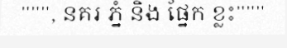
""", នគរ ភ្នំ និង ផ្នែក ខ្លះ"""